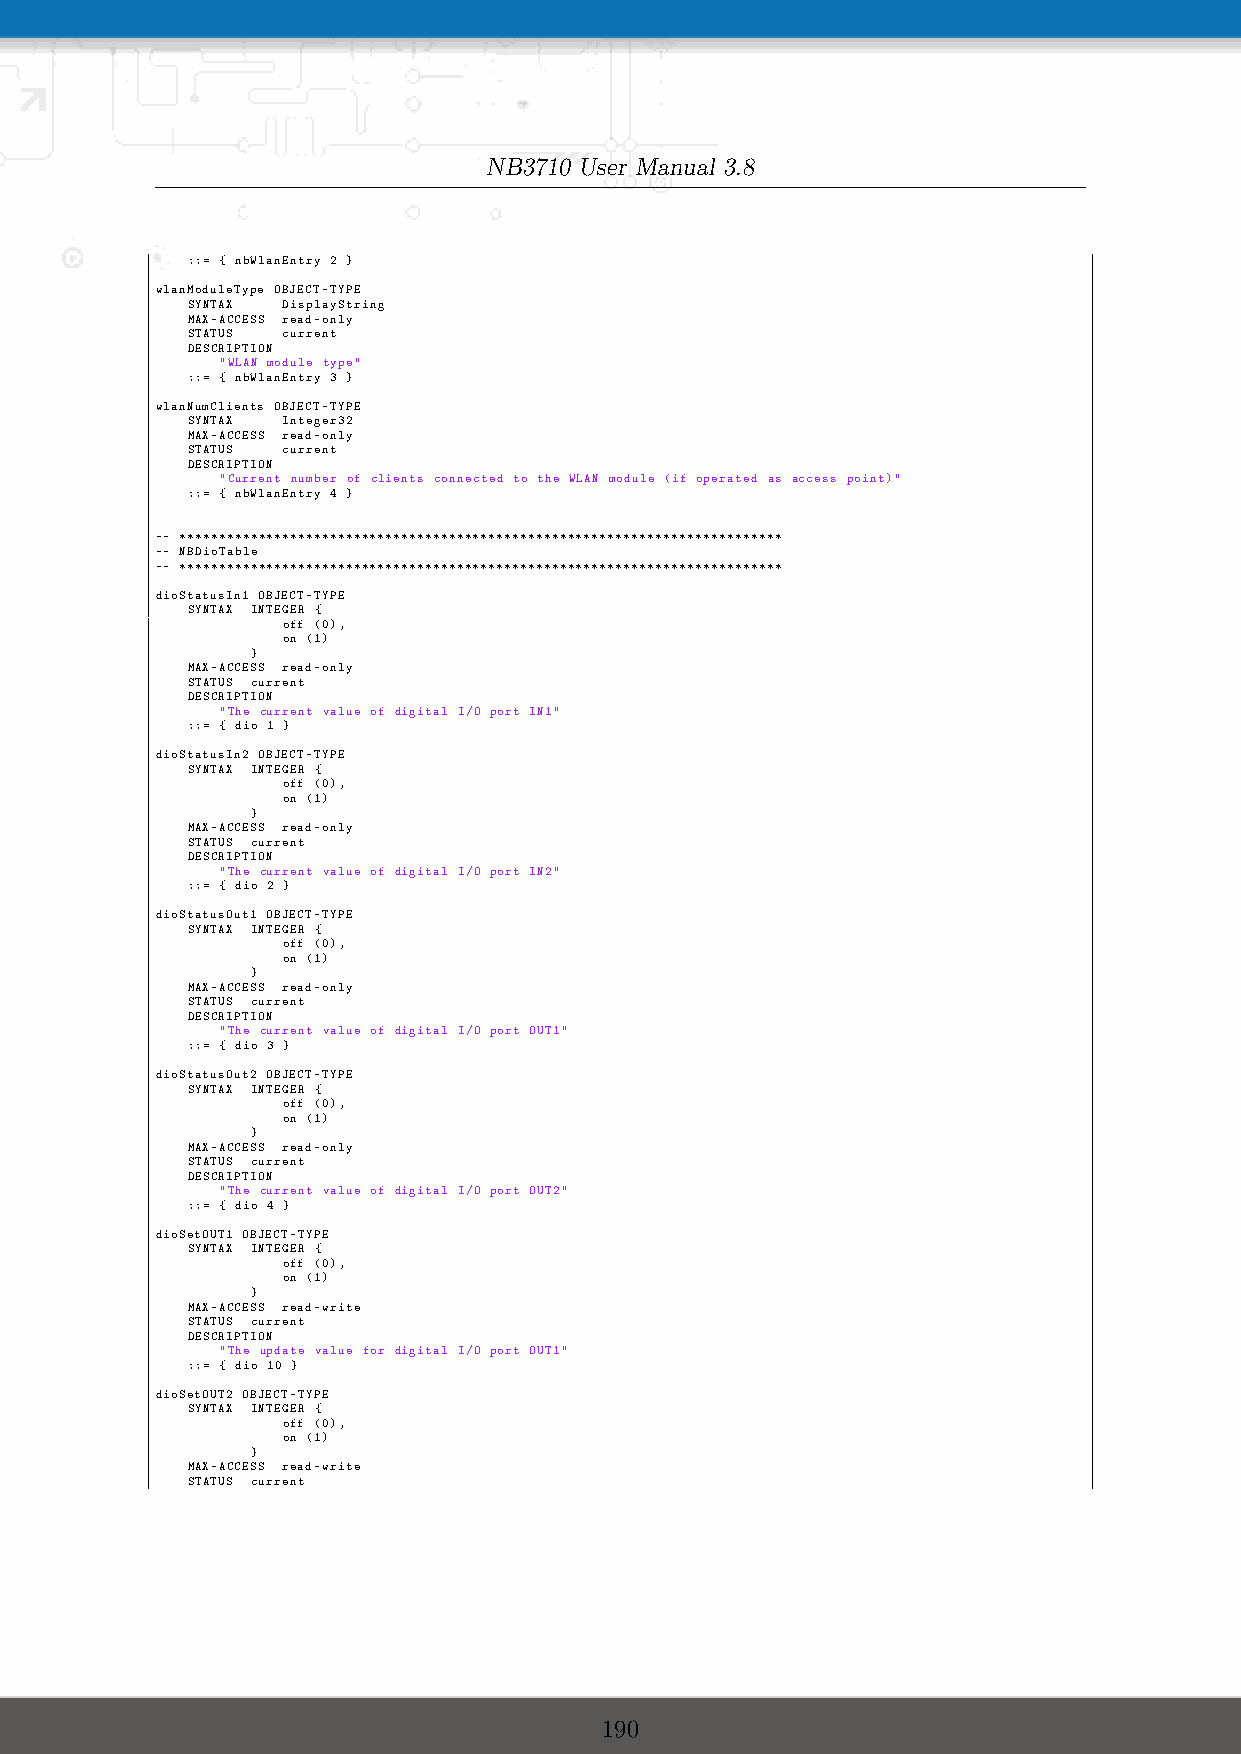
NB3710 User Manual 3.8
 ::= { nbWlanEntry 2 }
 wlanModuleType OBJECT-TYPE
 SYNTAX DisplayString
 MAX-ACCESS read-only
 STATUS current
 DESCRIPTION
 "WLAN module type"
 ::= { nbWlanEntry 3 }
 wlanNumClients OBJECT-TYPE
 SYNTAX Integer32
 MAX-ACCESS read-only
 STATUS current
 DESCRIPTION
 "Current number of clients connected to the WLAN module (if operated as access point)"
 ::= { nbWlanEntry 4 }
 -- ****************************************************************************
 -- NBDioTable
 -- ****************************************************************************
 dioStatusIn1 OBJECT-TYPE
 SYNTAX INTEGER {
 off (0),
 on (1)
 }
 MAX-ACCESS read-only
 STATUS current
 DESCRIPTION
 "The current value of digital I/O port IN1"
 ::= { dio 1 }
 dioStatusIn2 OBJECT-TYPE
 SYNTAX INTEGER {
 off (0),
 on (1)
 }
 MAX-ACCESS read-only
 STATUS current
 DESCRIPTION
 "The current value of digital I/O port IN2"
 ::= { dio 2 }
 dioStatusOut1 OBJECT-TYPE
 SYNTAX INTEGER {
 off (0),
 on (1)
 }
 MAX-ACCESS read-only
 STATUS current
 DESCRIPTION
 "The current value of digital I/O port OUT1"
 ::= { dio 3 }
 dioStatusOut2 OBJECT-TYPE
 SYNTAX INTEGER {
 off (0),
 on (1)
 }
 MAX-ACCESS read-only
 STATUS current
 DESCRIPTION
 "The current value of digital I/O port OUT2"
 ::= { dio 4 }
 dioSetOUT1 OBJECT-TYPE
 SYNTAX INTEGER {
 off (0),
 on (1)
 }
 MAX-ACCESS read-write
 STATUS current
 DESCRIPTION
 "The update value for digital I/O port OUT1"
 ::= { dio 10 }
 dioSetOUT2 OBJECT-TYPE
 SYNTAX INTEGER {
 off (0),
 on (1)
 }
 MAX-ACCESS read-write
 STATUS current
 190